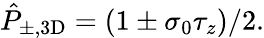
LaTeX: \hat{P}_{\pm,\mathrm{3D}}=(1\pm\sigma_{0}\tau_{z})/2.